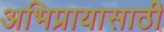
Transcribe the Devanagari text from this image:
अभिप्रायासाठी